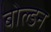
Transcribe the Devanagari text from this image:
बोल्डन